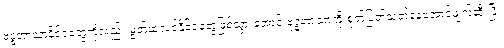
ဗုဒ္ဓဘာသာနိုင်ငံတွေကိုလည်း မွတ်ဆလင်နိုင်ငံတွေဖြစ်သွားအောင် ဗုဒ္ဓဘာသာကို စုတ်ပြတ်သတ်နေအောင်ဖျက်ဆီးပြီး